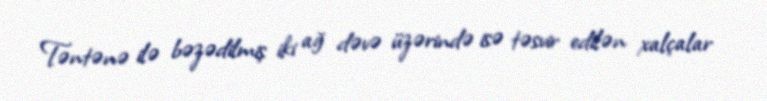
Təntənə ilə bəzədilmiş iki ağ dəvə üzərində isə təsvir edilən xalçalar